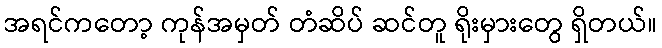
အရင်ကတော့ ကုန်အမှတ် တံဆိပ် ဆင်တူ ရိုးမှားတွေ ရှိတယ်။